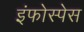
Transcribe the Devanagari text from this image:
इंफोस्पेस